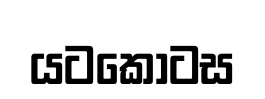
යටකොටස